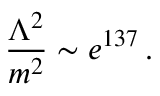
{ \frac { \Lambda ^ { 2 } } { m ^ { 2 } } } \sim e ^ { 1 3 7 } \, .